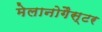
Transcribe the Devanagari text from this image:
मेलानोगैस्टर